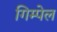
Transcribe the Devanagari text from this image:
गिम्पेल